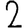
Digit: 2